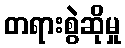
တရားစွဲဆိုမှု